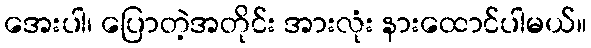
အေးပါ၊ ပြောတဲ့အတိုင်း အားလုံး နားထောင်ပါမယ်။